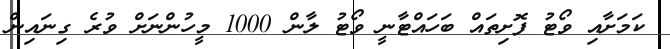
ކަމަށާއި ވޯޓު ފޮށިތައް ބަހައްޓާނީ ވޯޓު ލާން 1000 މީހުންނަށް ވުރެ ގިނައިން